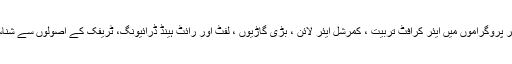
وزیر اعلیٰ نے کہا کہ سکالر شپ پروگرام سمیت دیگر پروگراموں میں ایئر کرافٹ تربیت ، کمرشل ایئر لائن ، بڑی گاڑیوں ، لفٹ اور رائٹ ہینڈ ڈرائیونگ، ٹریفک کے اُصولوں سے شناسائی اور دیگر اُمور پر تربیت کا اہتمام ہو نا چاہیئے ۔